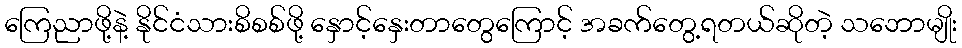
ကြေညာဖို့နဲ့ နိုင်ငံသားစိစစ်ဖို့ နှောင့်နှေးတာတွေကြောင့် အခက်တွေ့ရတယ်ဆိုတဲ့ သဘောမျိုး